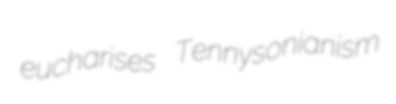
eucharises Tennysonianism